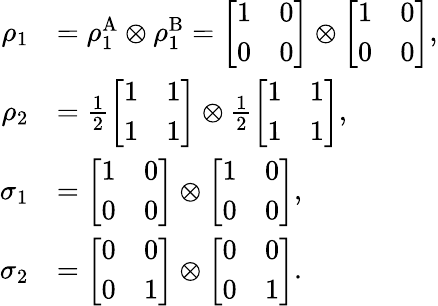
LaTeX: \begin{array}{rl}{\rho_{1}}&{=\rho_{1}^{\mathrm{A}}\otimes\rho_{1}^{\mathrm{B}}=\left[\begin{array}{ll}{1}&{0}\\ {0}&{0}\end{array}\right]\otimes\left[\begin{array}{ll}{1}&{0}\\ {0}&{0}\end{array}\right],}\\ {\rho_{2}}&{=\frac{1}{2}\left[\begin{array}{ll}{1}&{1}\\ {1}&{1}\end{array}\right]\otimes\frac{1}{2}\left[\begin{array}{ll}{1}&{1}\\ {1}&{1}\end{array}\right],}\\ {\sigma_{1}}&{=\left[\begin{array}{ll}{1}&{0}\\ {0}&{0}\end{array}\right]\otimes\left[\begin{array}{ll}{1}&{0}\\ {0}&{0}\end{array}\right],}\\ {\sigma_{2}}&{=\left[\begin{array}{ll}{0}&{0}\\ {0}&{1}\end{array}\right]\otimes\left[\begin{array}{ll}{0}&{0}\\ {0}&{1}\end{array}\right].}\end{array}